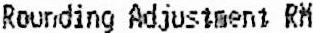
ROUNDING ADJUSTMENT RM